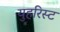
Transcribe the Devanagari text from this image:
युहरिस्ट